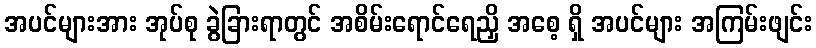
အပင်များအား အုပ်စု ခွဲခြားရာတွင် အစိမ်းရောင်ရေညှိ အစေ့ ရှိ အပင်များ အကြမ်းဖျင်း